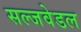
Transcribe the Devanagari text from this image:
सल्जवेडल